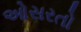
ઓસરતો